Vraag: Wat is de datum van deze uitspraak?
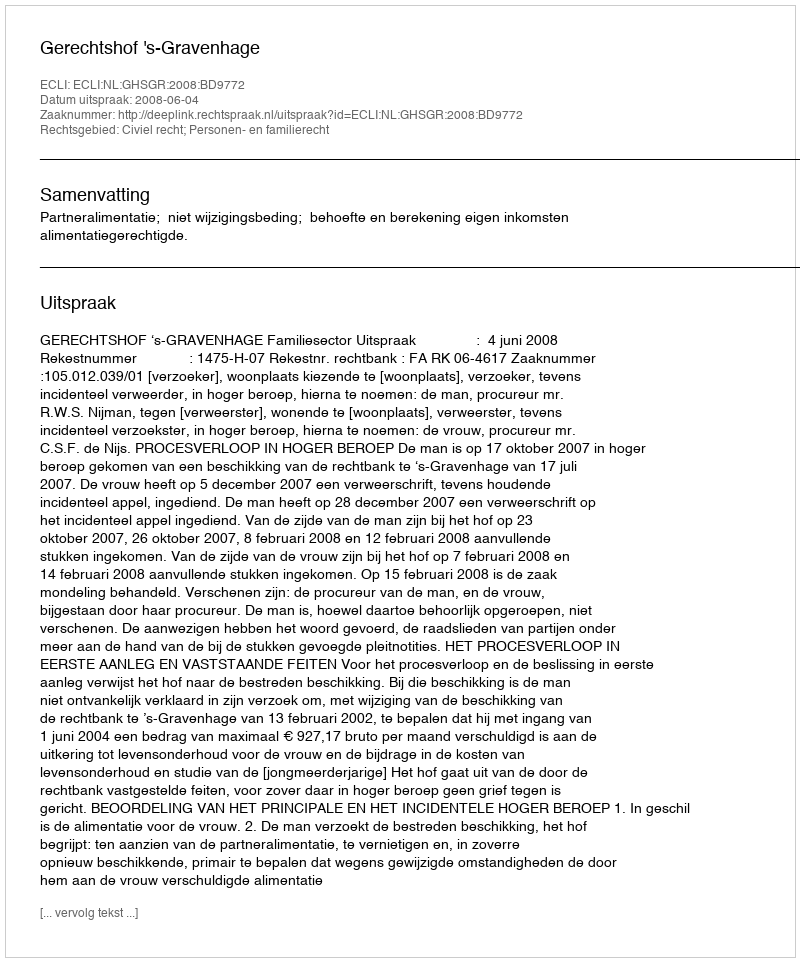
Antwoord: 2008-06-04